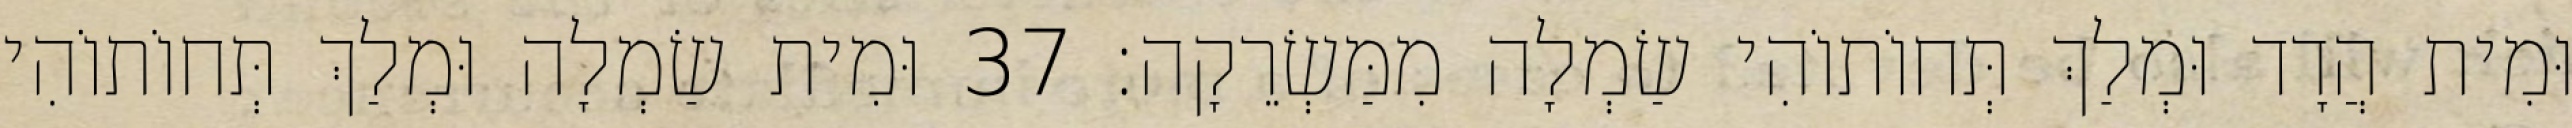
וּמִית הֲדָד וּמְלַךְ תְּחוֹתוֹהִי שַׂמְלָה מִמַּשְׂרֵקָה׃ 37 וּמִית שַׂמְלָה וּמְלַךְ תְּחוֹתוֹהִי